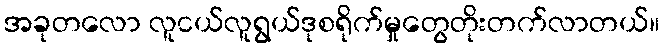
အခုတလော လူငယ်လူရွယ်ဒုစရိုက်မှုတွေတိုးတက်လာတယ်။